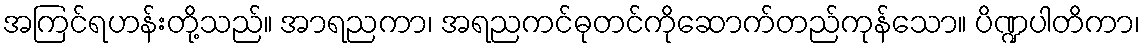
အကြင်ရဟန်းတို့သည်။ အာရညကာ၊ အရညကင်ဓုတင်ကိုဆောက်တည်ကုန်သော။ ပိဏ္ဍပါတိကာ၊